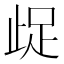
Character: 𭭤